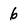
Character: 6